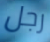
رجل